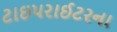
ટાઇપરાઈટરના